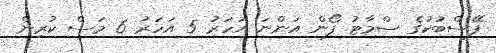
ފޭސްބުކުގެ ސްމާޓު ފޯން އަންނަ އަހަރު 5 އަހަރު 6 މަސް ކުރިން